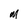
Character: M